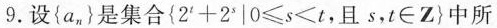
9.设{a_{n}}是集合$${ 2 ^ { t } + 2 ^ { s } | 0 ≤ s < t，且s，t \in Z }$$中所